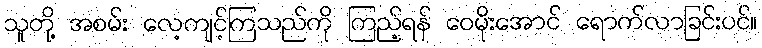
သူတို့ အစမ်း လေ့ကျင့်ကြသည်ကို ကြည့်ရန် ဝေမိုးအောင် ရောက်လာခြင်းပင်။